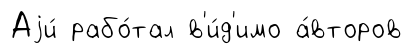
Аjи́ рабо́тал в'и́д'имо а́второв